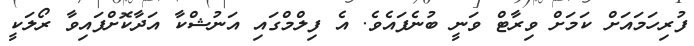
ފުރިހަމައަށް ކަމަށް ވިރާޓް ވަނީ ބުނެފައެވެ. އެ ފިލްމްގައި އަނުޝްކާ އަދާކޮށްފައިވާ ރޯލަކީ